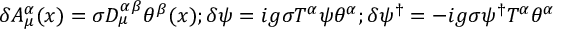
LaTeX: \delta A _ { \mu } ^ { \alpha } ( x ) = \sigma D _ { \mu } ^ { \alpha \beta } \theta ^ { \beta } ( x ) ; \delta \psi = i g \sigma T ^ { \alpha } \psi \theta ^ { \alpha } ; \delta \psi ^ { \dagger } = - i g \sigma \psi ^ { \dagger } T ^ { \alpha } \theta ^ { \alpha }